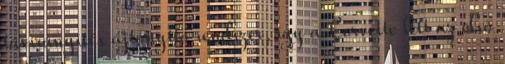
távirányítós ajtónyitó rendszer, így a Corvette lett az első